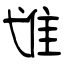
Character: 隿